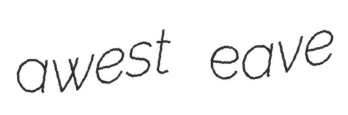
awest eave